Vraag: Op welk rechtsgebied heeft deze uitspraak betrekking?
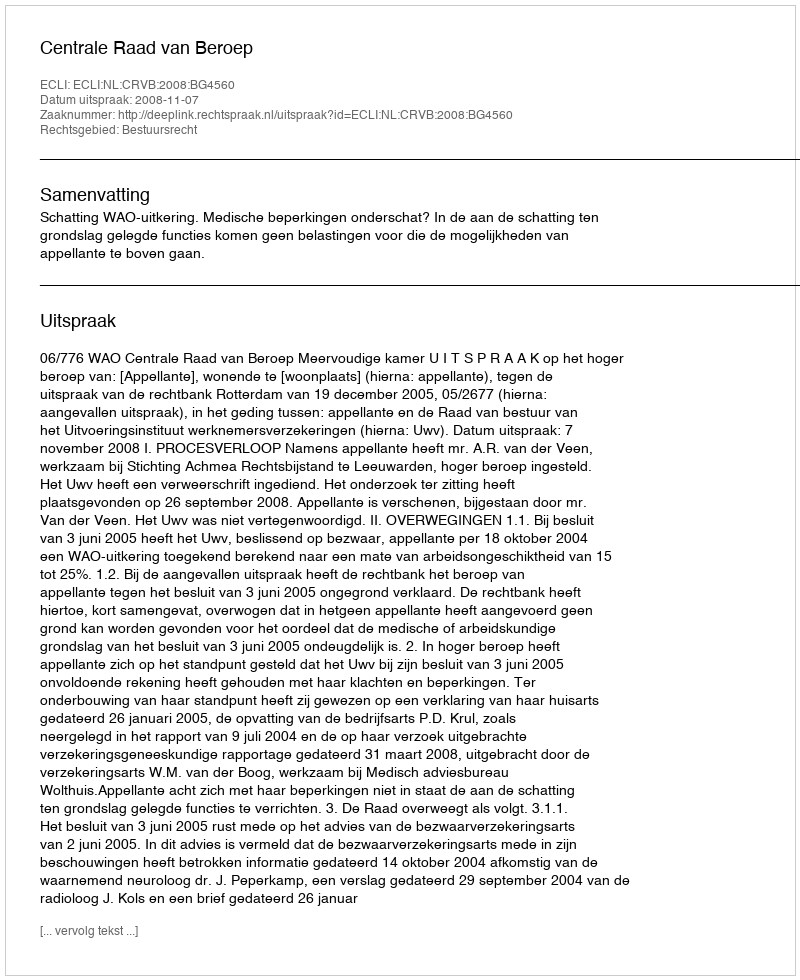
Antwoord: Bestuursrecht